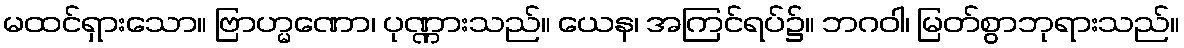
မထင်ရှားသော။ ဗြာဟ္မဏော၊ ပုဏ္ဏားသည်။ ယေန၊ အကြင်ရပ်၌။ ဘဂဝါ၊ မြတ်စွာဘုရားသည်။